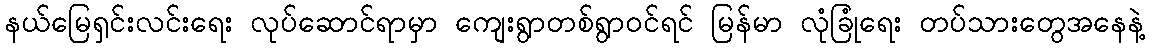
နယ်မြေရှင်းလင်းရေး လုပ်ဆောင်ရာမှာ ကျေးရွာတစ်ရွာဝင်ရင် မြန်မာ လုံခြုံရေး တပ်သားတွေအနေနဲ့